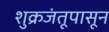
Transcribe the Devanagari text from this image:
शुक्रजंतूपासून